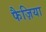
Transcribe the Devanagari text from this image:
फैज़िया